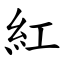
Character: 紅